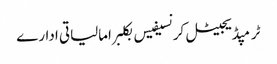
ٹرمپڈیجیٹل کرنسیفیس بکلبرامالیاتی ادارے